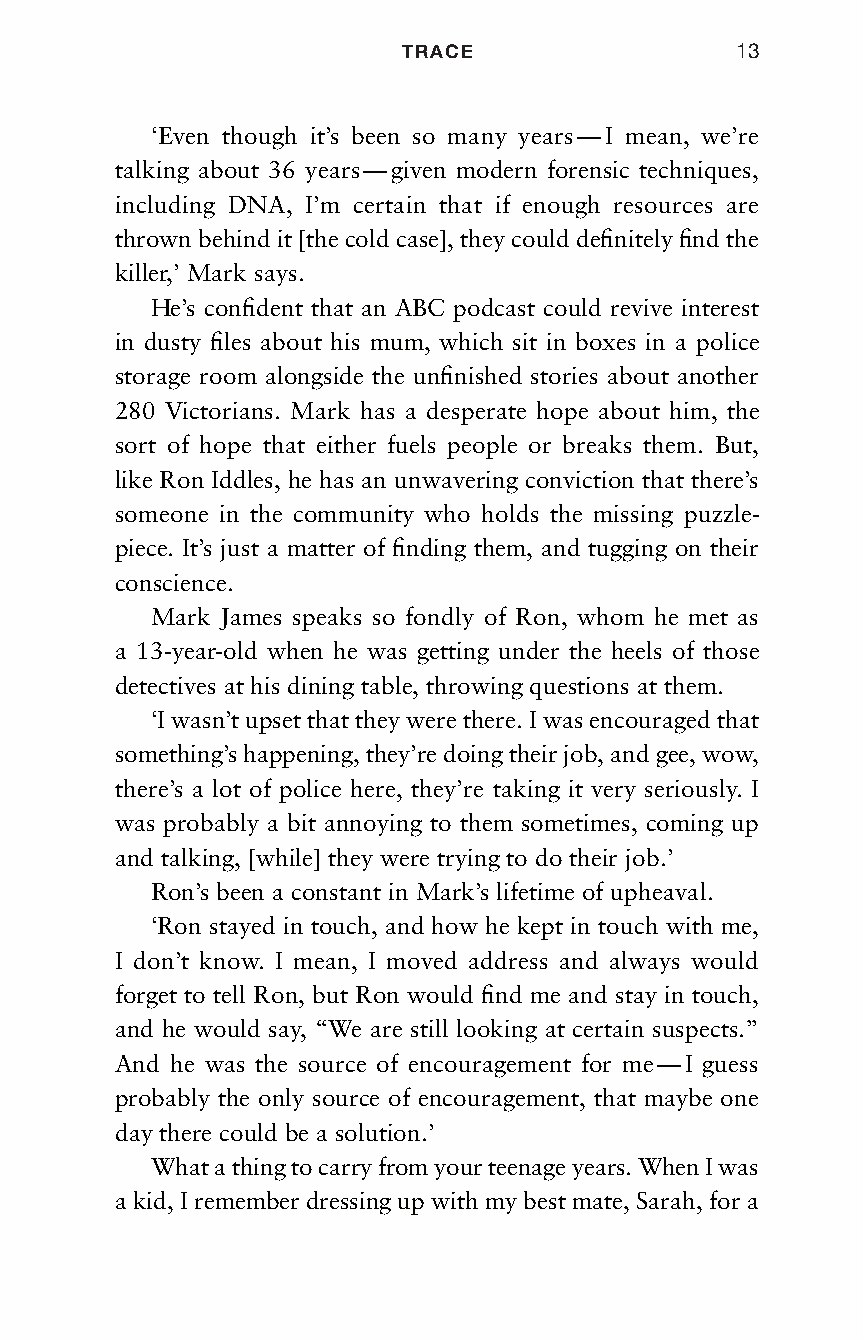
TRACE                 13
 ‘Even though it’s been so many years — I mean, we’re
 talking about 36 years — given modern forensic techniques,
 including DNA, I’m certain that if enough resources are
 thrown behind it [the cold case], they could definitely find the
 killer,’ Mark says.
 He’s confident that an ABC podcast could revive interest
 in dusty files about his mum, which sit in boxes in a police
 storage room alongside the unfinished stories about another
 280 Victorians. Mark has a desperate hope about him, the
 sort of hope that either fuels people or breaks them. But,
 like Ron Iddles, he has an unwavering conviction that there’s
 someone in the community who holds the missing puzzle-
 piece. It’s just a matter of finding them, and tugging on their
 conscience.
 Mark James speaks so fondly of Ron, whom he met as
 a 13-year-old when he was getting under the heels of those
 detectives at his dining table, throwing questions at them.
 ‘I wasn’t upset that they were there. I was encouraged that
 something’s happening, they’re doing their job, and gee, wow,
 there’s a lot of police here, they’re taking it very seriously. I
 was probably a bit annoying to them sometimes, coming up
 and talking, [while] they were trying to do their job.’
 Ron’s been a constant in Mark’s lifetime of upheaval.
 ‘Ron stayed in touch, and how he kept in touch with me,
 I don’t know. I mean, I moved address and always would
 forget to tell Ron, but Ron would find me and stay in touch,
 and he would say, “We are still looking at certain suspects.”
 And he was the source of encouragement for me — I guess
 probably the only source of encouragement, that maybe one
 day there could be a solution.’
 What a thing to carry from your teenage years. When I was
 a kid, I remember dressing up with my best mate, Sarah, for a
 Trace_pages_MP07.indd 13                            30/5/18 14:28